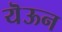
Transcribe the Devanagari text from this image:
यॆऊन